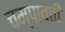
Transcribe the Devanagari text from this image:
चम्पावती